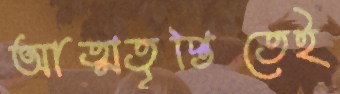
আত্মতৃপ্তিতেই